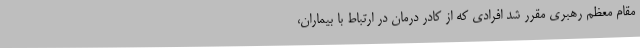
مقام معظم رهبری مقرر شد افرادی که از کادر درمان در ارتباط با بیماران،